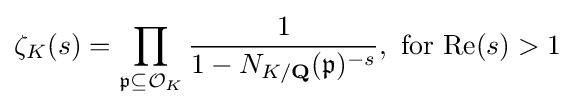
\zeta _{K}(s)=\prod _{{\mathfrak {p}}\subseteq {\mathcal {O}}_{K}}{\frac {1}{1-N_{K/\mathbf {Q} }({\mathfrak {p}})^{-s}}},{\text{ for Re}}(s)>1